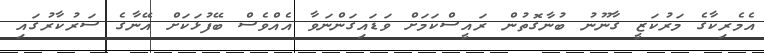
އެމެރިކާގެ މަރުކަޒީ ގާނޫނު ބުނާގޮތުން ރައީސްކަމަށް ވަޑައިގަންނަވާ އެއްވެސް ބޭފުޅަކަށް އޭނާގެ ސަރުކާރުގައި